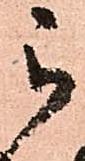
被